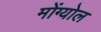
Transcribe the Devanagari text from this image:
मोंग्योल